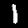
Label: 1